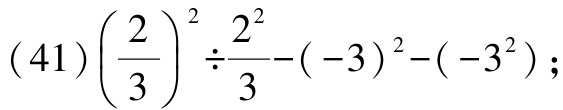
$(41)\left(\dfrac{2}{3}\right)^{2}\div \dfrac{2^{2}}{3}-(-3)^{2}-(-3^{2})$